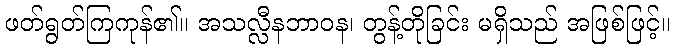
ဖတ်ရွတ်ကြကုန်၏။ အသလ္လီနဘာဝန၊ တွန့်တိုခြင်း မရှိသည် အဖြစ်ဖြင့်။